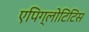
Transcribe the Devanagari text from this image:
एपिग्लोटिटिस